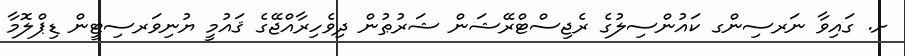
ށ. ގައިވާ ނަރސިންގ ކައުންސިލުގެ ރެޖިސްޓްރޭޝަން ޝަރުޠުން ދިވެހިރާއްޖޭގެ ޤައުމީ ޔުނިވަރސިޓީން ޑިޕްލޮމާ